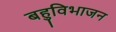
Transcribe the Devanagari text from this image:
बहुविभाजन